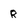
Character: r